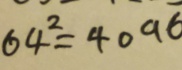
6 4 ^ { 2 } = 4 0 9 6